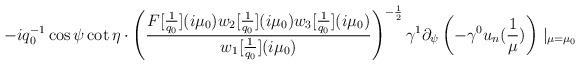
LaTeX: \begin{align*}-iq_{0}^{-1}\cos\psi\cot\eta\cdot\left(\frac{F[\frac{1}{q_{0}}](i\mu_{0})w_{2}[\frac{1}{q_{0}}](i\mu_{0})w_{3}[\frac{1}{q_{0}}](i\mu_{0})}{w_{1}[\frac{1}{q_{0}}](i\mu_{0})}\right)^{-\frac{1}{2}}\gamma^{1}\partial_{\psi}\left(-\gamma^{0}u_{n}(\frac{1}{\mu})\right)\mid_{\mu=\mu_{0}}\end{align*}